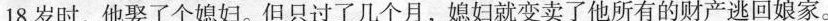
18岁时，他娶了个媳妇。但只过了几个月，媳妇就变卖了他所有的财产逃回娘家。